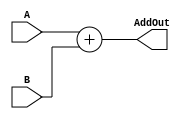
`timescale 1ns/1ns//fase 2

module ADD (
    input [31:0]A,
    input [31:0]B,
    output [31:0]AddOut
);

assign AddOut = A + B;

endmodule